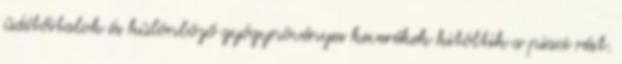
üdítőitalok és különböző gyógynövényes keverékek kitöltik a piaci rést.